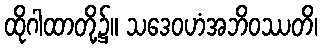
ထိုဂါထာတို့၌။ သဒေဝဟံအဘိဝဿတိ၊